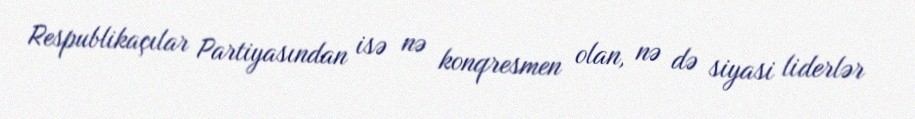
Respublikaçılar Partiyasından isə nə konqresmen olan, nə də siyasi liderlər